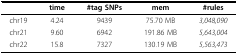
|  | time | #tag SNPs | mem | #rules |
 | --- | --- | --- | --- | --- |
 | chr19 | 4.24 | 9439 | 75.70 MB | 3,048,090 |
 | chr21 | 9.60 | 6942 | 191.86 MB | 5,643,004 |
 | chr22 | 15.8 | 7327 | 130.19 MB | 5,563,473 |